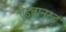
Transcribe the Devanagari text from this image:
ऐडवानस्ड